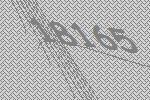
18165